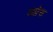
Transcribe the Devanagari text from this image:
अप्रेस